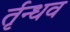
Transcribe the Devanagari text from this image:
र्तृन्धव